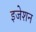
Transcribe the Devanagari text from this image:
इजेशन